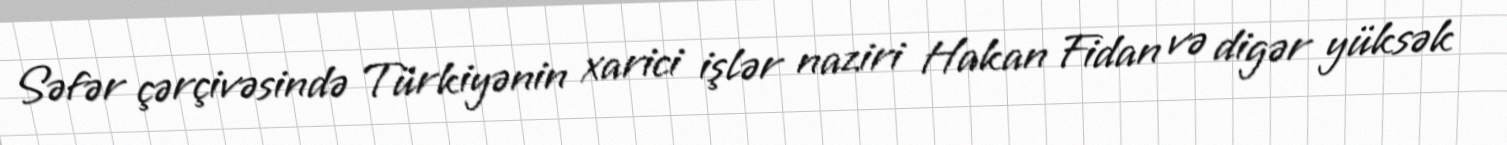
Səfər çərçivəsində Türkiyənin xarici işlər naziri Hakan Fidan və digər yüksək